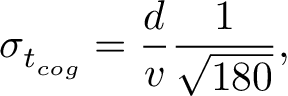
\sigma _ { t _ { c o g } } = \frac { d } { v } \frac { 1 } { \sqrt { 1 8 0 } } ,